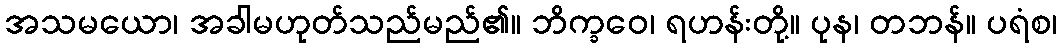
အသမယော၊ အခါမဟုတ်သည်မည်၏။ ဘိက္ခဝေ၊ ရဟန်းတို့။ ပုန၊ တဘန်။ ပရံစ၊